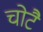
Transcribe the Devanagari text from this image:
चोटै